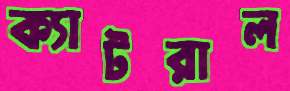
ক্যাটরাল